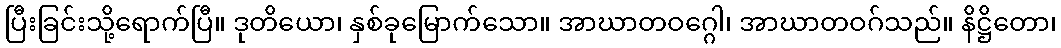
ပြီးခြင်းသို့ရောက်ပြီ။ ဒုတိယော၊ နှစ်ခုမြောက်သော။ အာဃာတဝဂ္ဂေါ၊ အာဃာတဝဂ်သည်။ နိဋ္ဌိတော၊